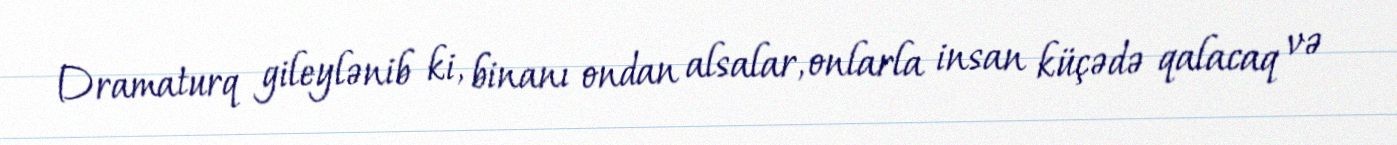
Dramaturq gileylənib ki, binanı ondan alsalar, onlarla insan küçədə qalacaq və